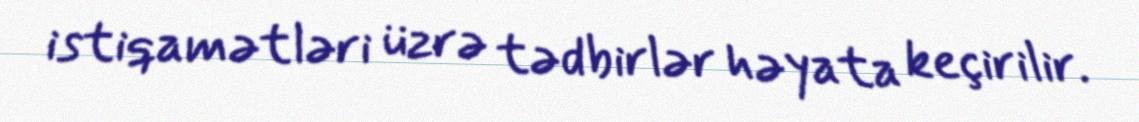
istiqamətləri üzrə tədbirlər həyata keçirilir.